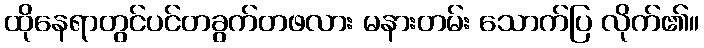
ထိုနေရာတွင်ပင်တခွက်တဖလား မနားတမ်း သောက်ပြ လိုက်၏။